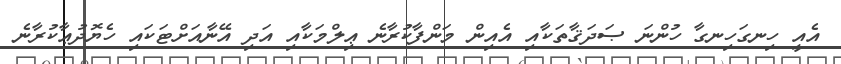
އެއީ ހިނގަހިނގާ ހުންނަ ޞަދަޤާތަކާއި އެއިން މަންފާކުރާނެ ޢިލްމަކާއި އަދި އޭނާއަށްޓަކައި ހެޔޮދުޢާކުރާނެ